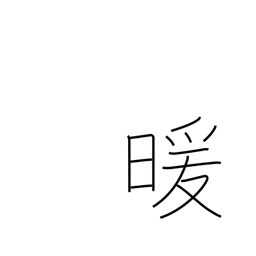
Meaning: warmth